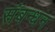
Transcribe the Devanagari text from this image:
संबन्धन